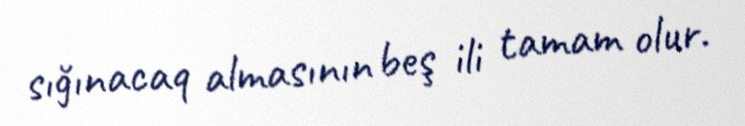
sığınacaq almasının beş ili tamam olur.